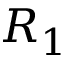
R _ { 1 }